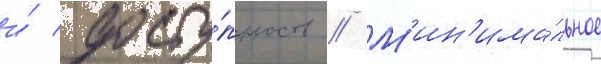
и́ досту́пность // М'ин'има́льное